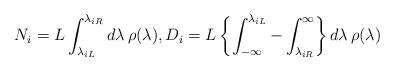
LaTeX: \begin{align*}N_i = L \int_{\lambda_{iL}}^{\lambda_{iR}}d\lambda\, \rho(\lambda),D_i =L\left\{\int_{-\infty}^{\lambda_{iL}} - \int_{\lambda_{iR}}^{\infty}\right\}d\lambda\,\rho(\lambda)\end{align*}